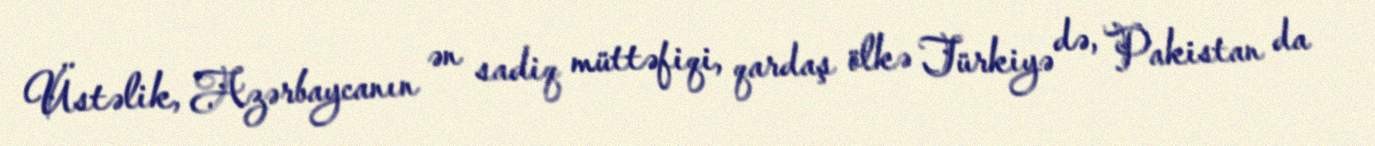
Üstəlik, Azərbaycanın ən sadiq müttəfiqi, qardaş ölkə Türkiyə də, Pakistan da